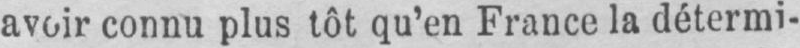
avoir connu plus tôt qu’en France la détermi-